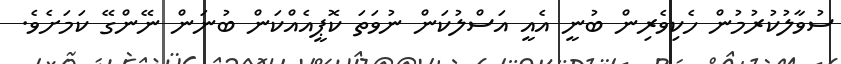
ސުވާލުކުރުމުން ހެކިވެރިން ބުނީ އެއީ އަސްލުކަން ނުވަތަ ކޮޕީއެއްކަން ބުނަން ނޭންގޭ ކަމަށެވެ.